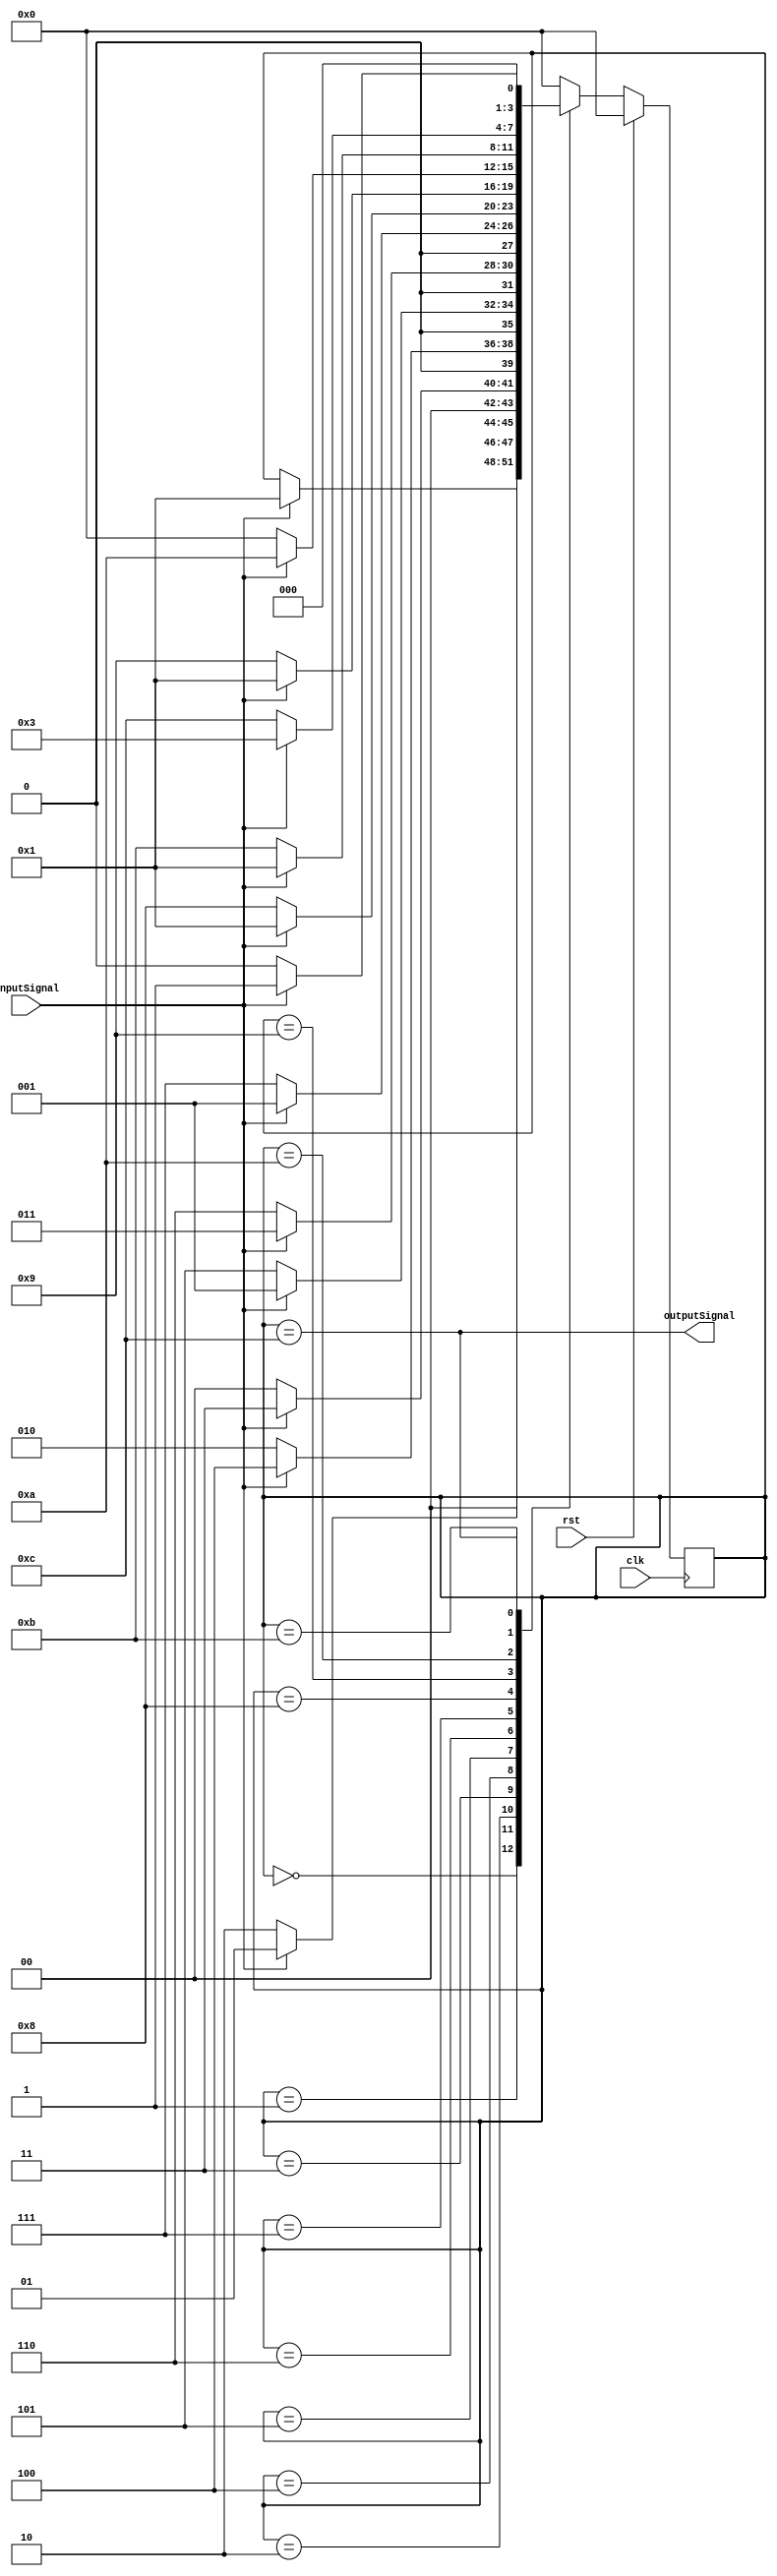
module fsm 
    (
    input inputSignal,
    input clk, rst,
    output outputSignal
    );

    // Initialise all 13 states
    parameter st_0 = 4'b0000, st_1 = 4'b0001, st_2 = 4'b0010,
            st_3 = 4'b0011, st_4 = 4'b0100, st_5 = 4'b0101,
            st_6 = 4'b0110, st_7 = 4'b0111, st_8 = 4'b1000,
            st_9 = 4'b1001, st_10 = 4'b1010, st_11 = 4'b1011 , st_12 = 4'b1100;
    
    // Next state and state
    reg [3:0] nst, st;

    // Output 1 when current state = final state
    // outputs 0 for every other state
    assign outputSignal = (st == st_12);
    
    // Update current state to next state at every posedge of clk
    always @ (posedge clk) begin
        if (rst) st <= st_0;
        else st <= nst;
    end

    // State Tranisitions
    always @(*) begin
        nst = st;
        // Case logic follows that outlined in the state machine diagram found in the report
        case (st)
          st_0: if(inputSignal) nst = st_1; // Only move from idle when inputSignal = 1 else loop back to st_0
          st_1: if(inputSignal) nst = st_1;
                else nst = st_2;
          st_2: if(inputSignal) nst = st_3;
                else nst = st_0;
          st_3: if(inputSignal) nst = st_4;
                else nst = st_2;
          st_4: if(inputSignal) nst = st_1;
                else nst = st_5;
          st_5: if(inputSignal) nst = st_3;
                else nst = st_6;
          st_6: if(inputSignal) nst = st_1;
                else nst = st_7;
          st_7: if(inputSignal) nst = st_1;
                else nst = st_8;
          st_8: if(inputSignal) nst = st_1;
                else nst = st_9;
          st_9: if(inputSignal) nst = st_10;
                else nst = st_0;
         st_10: if(inputSignal) nst = st_1;
                else nst = st_11;
         st_11: if(inputSignal) nst = st_3;
                else nst = st_12;
         st_12: if (inputSignal) nst = st_1;
                else nst = st_0;
         default: nst = st_0; // default if no case is met
        endcase
    end


endmodule